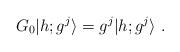
LaTeX: \begin{align*}G_0\vert h;g^j \rangle=g^j \vert h;g^j \rangle{}~.\end{align*}